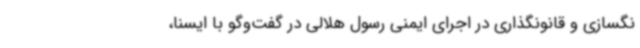
نگسازی و قانونگذاری در اجرای ایمنی رسول هلالی در گفت‌وگو با ایسنا،